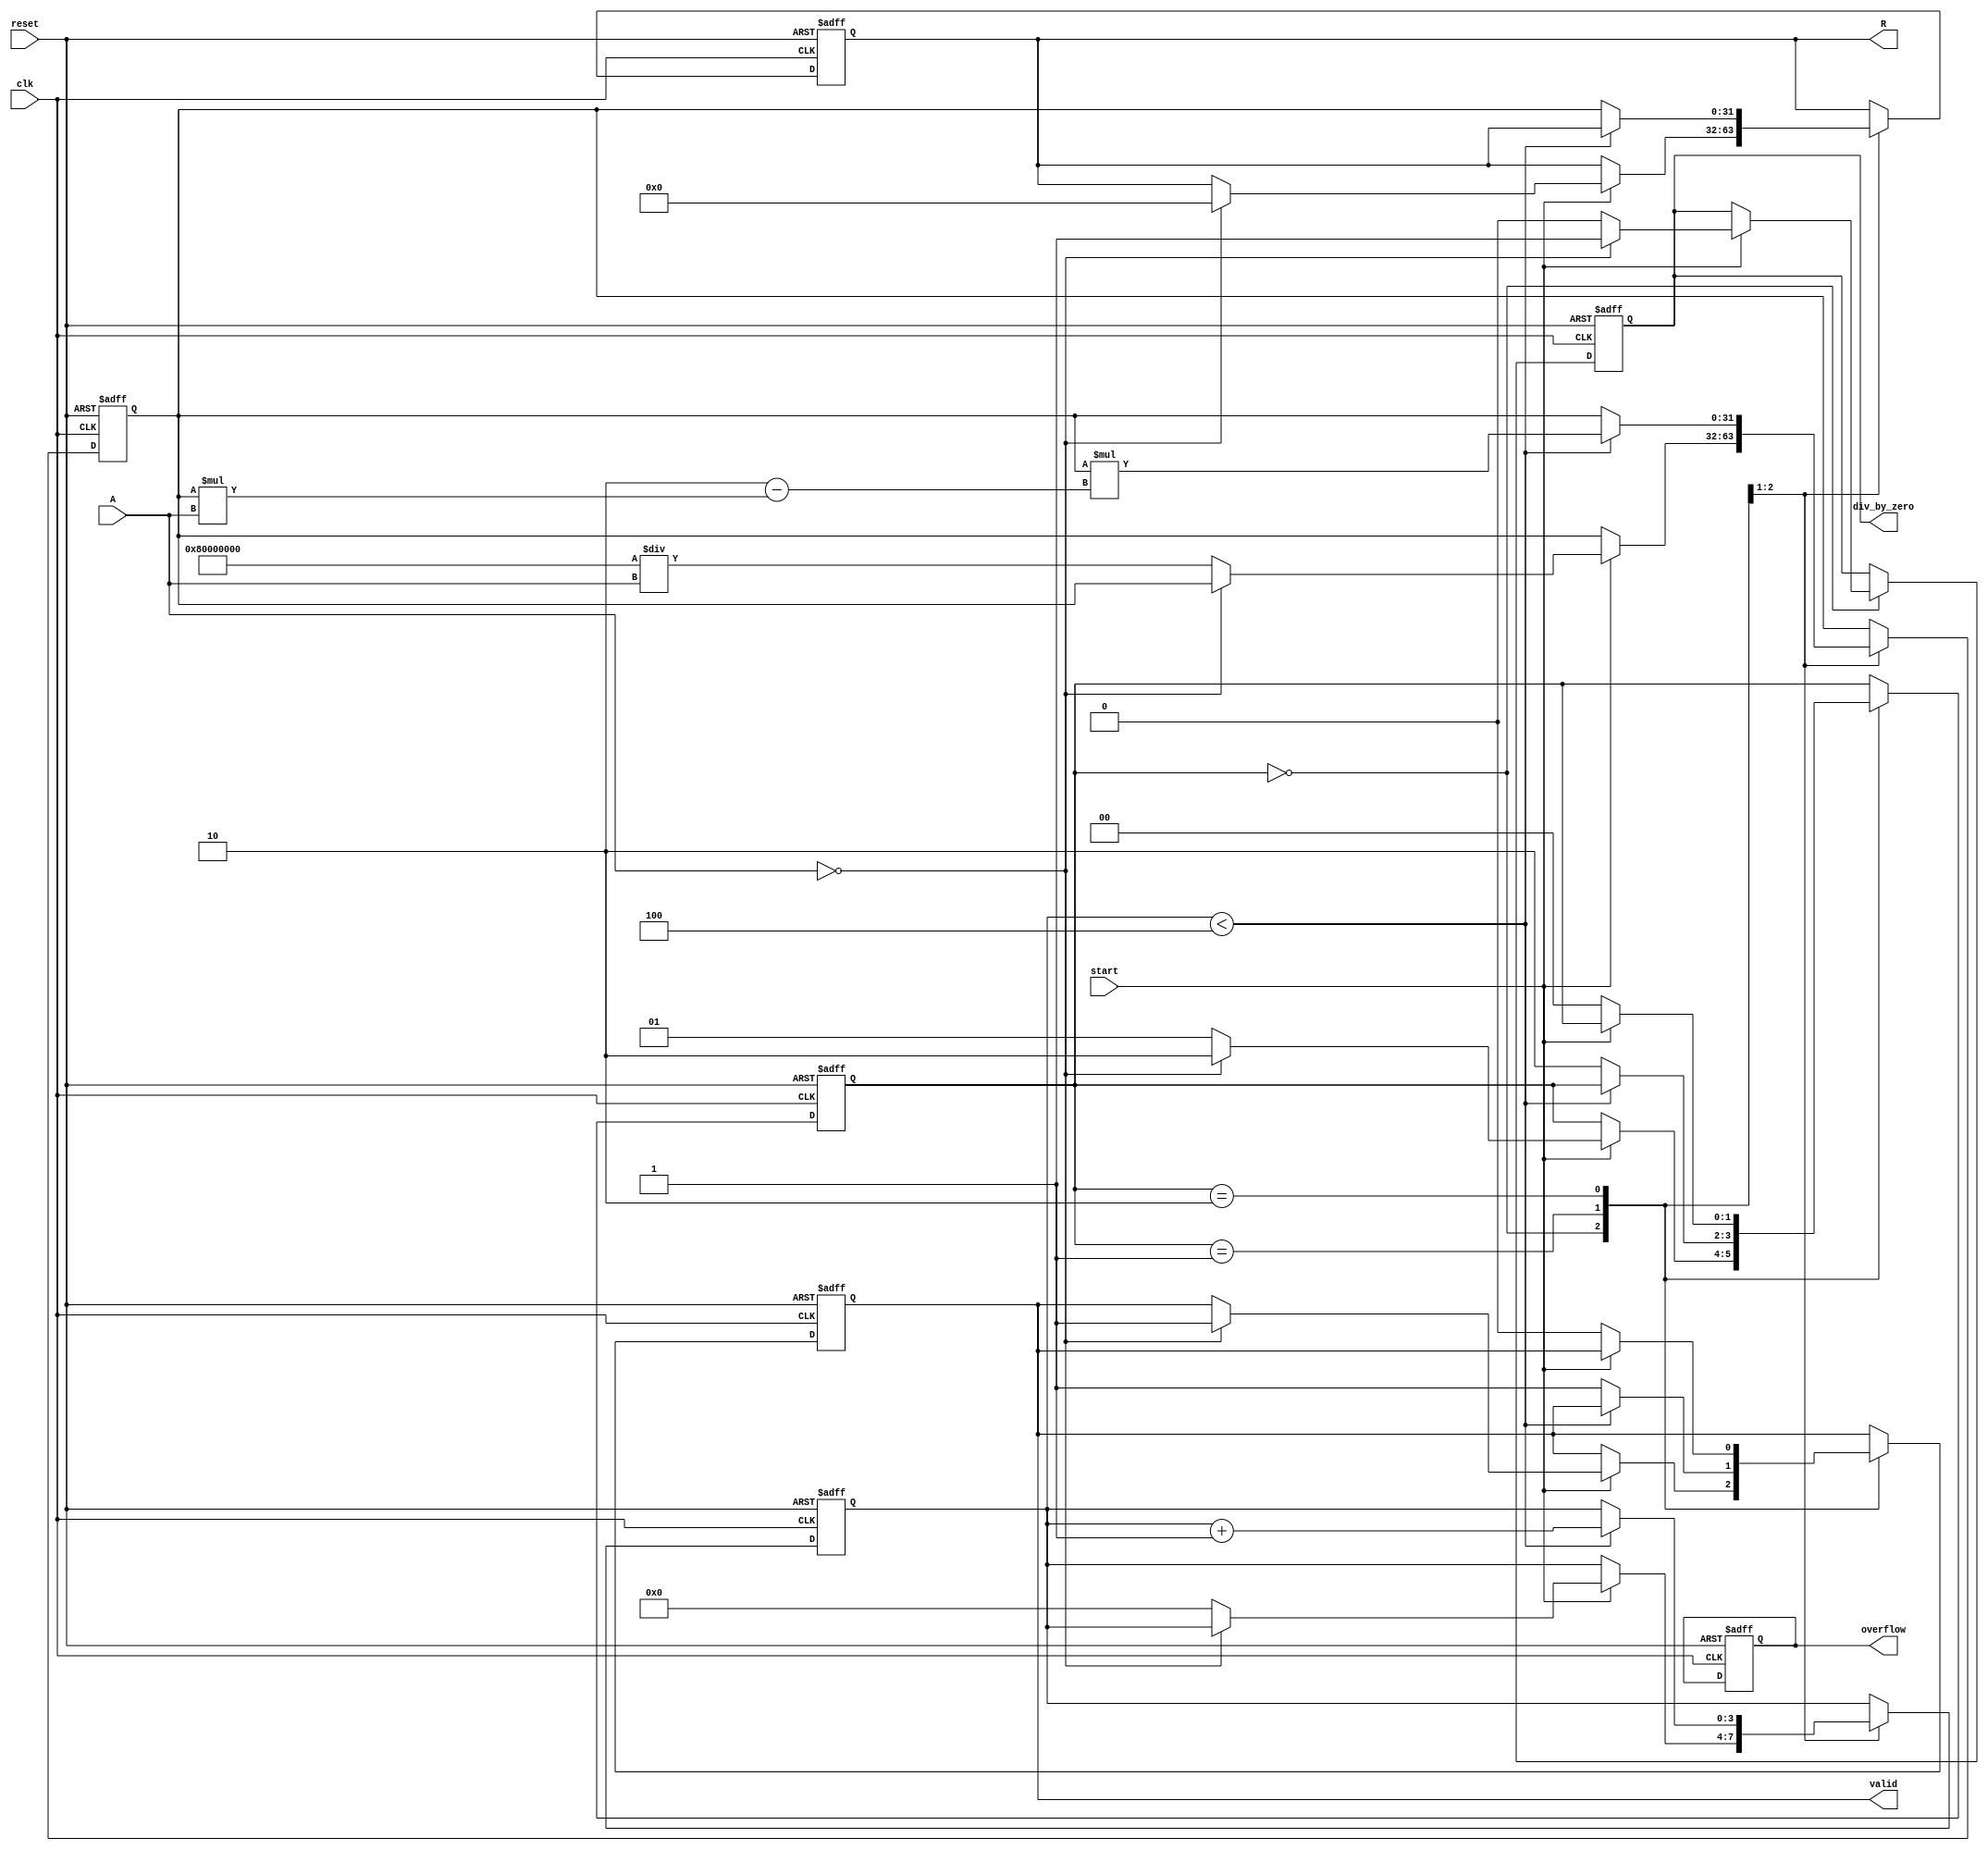
module BitwiseReciprocal #(
    parameter WIDTH_IN = 16,  // Width of input data
    parameter WIDTH_OUT = 32   // Width of output data
)(
    input wire clk,
    input wire reset,
    input wire start,
    input wire [WIDTH_IN-1:0] A,  // Input data
    output reg [WIDTH_OUT-1:0] R,  // Reciprocal output
    output reg valid,               // Output valid flag
    output reg overflow,            // Overflow flag
    output reg div_by_zero          // Division by zero flag
);

    reg [WIDTH_OUT-1:0] approx;  // Approximation of the reciprocal
    reg [3:0] iteration_count;    // Iteration counter
    reg [1:0] state;              // State machine
    localparam IDLE = 2'b00,
               COMPUTE = 2'b01,
               DONE = 2'b10;

    // Initialization
    always @(posedge clk or posedge reset) begin
        if (reset) begin
            R <= 0;
            valid <= 0;
            overflow <= 0;
            div_by_zero <= 0;
            approx <= 0;
            iteration_count <= 0;
            state <= IDLE;
        end else begin
            case (state)
                IDLE: begin
                    if (start) begin
                        if (A == 0) begin
                            div_by_zero <= 1;  // Handle division by zero
                            R <= 0;             // Set output to zero
                            valid <= 1;         // Indicate valid output
                            state <= DONE;
                        end else begin
                            div_by_zero <= 0;   // Clear division by zero flag
                            approx <= {1'b1, {WIDTH_OUT-1{1'b0}}} / A; // Initial approximation
                            iteration_count <= 0;
                            state <= COMPUTE;
                        end
                    end
                end

                COMPUTE: begin
                    if (iteration_count < 4) begin  // Fixed number of iterations
                        approx <= approx * (2 - approx * A); // Newton-Raphson iteration
                        iteration_count <= iteration_count + 1;
                    end else begin
                        R <= approx;  // Final output
                        valid <= 1;   // Indicate valid output
                        state <= DONE;
                    end
                end

                DONE: begin
                    // Stay in DONE state until reset
                    if (!start) begin
                        state <= IDLE;  // Go back to IDLE on start signal low
                        valid <= 0;     // Clear valid flag
                    end
                end
            endcase
        end
    end
endmodule